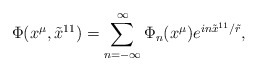
\begin{align*}\Phi (x^\mu, {\tilde x}^{11}) = \sum_{n = -\infty}^\infty \Phi_n (x^\mu) e^{i n {\tilde x}^{11} / {\tilde r}},\end{align*}